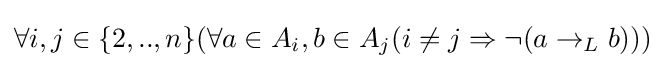
\forall i,j\in \{2,..,n\}(\forall a\in A_{i},b\in A_{j}(i\neq j\Rightarrow \neg (a\rightarrow _{L}b)))